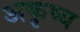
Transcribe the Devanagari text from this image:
अकृष्य